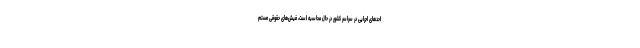
احدهای اجرایی در سراسر کشور در حال محاسبه است، فیش‌های حقوقی مستم